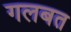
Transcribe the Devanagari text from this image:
गलबत